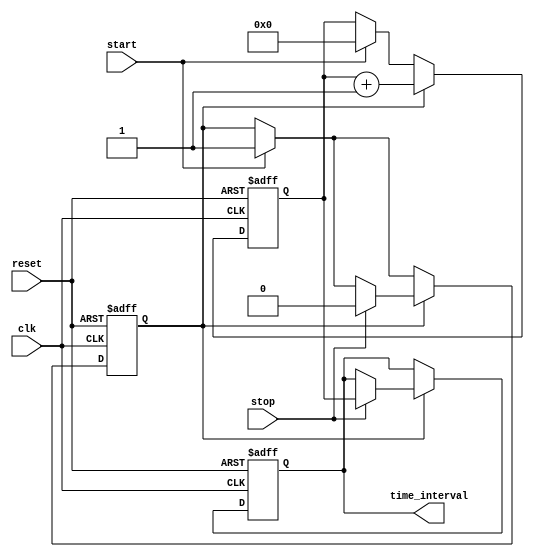
module TDC #(
    parameter NUM_DELAY_ELEMENTS = 16, // Number of delay elements
    parameter DELAY_WIDTH = 4           // Width of the output (log2(NUM_DELAY_ELEMENTS))
)(
    input wire clk,                     // System clock
    input wire reset,                   // Asynchronous reset
    input wire start,                   // Start signal
    input wire stop,                    // Stop signal
    output reg [DELAY_WIDTH-1:0] time_interval // Output time interval
);

    // Delay line array
    reg [NUM_DELAY_ELEMENTS-1:0] delay_line;
    reg [DELAY_WIDTH-1:0] counter;     // Counter for delay elements
    reg measuring;                     // Flag to indicate measuring state

    // Generate delay line
    always @(posedge clk or posedge reset) begin
        if (reset) begin
            delay_line <= 0;
            counter <= 0;
            time_interval <= 0;
            measuring <= 0;
        end else begin
            if (start) begin
                measuring <= 1; // Start measuring
                counter <= 0;   // Reset counter
                delay_line <= {NUM_DELAY_ELEMENTS{1'b0}}; // Clear delay line
            end
            
            if (measuring) begin
                // Shift the delay line on each clock cycle
                delay_line <= {1'b1, delay_line[NUM_DELAY_ELEMENTS-1:1]};
                counter <= counter + 1;

                // Capture time interval on stop signal
                if (stop) begin
                    measuring <= 0; // Stop measuring
                    time_interval <= counter; // Capture the counter value
                end
            end
        end
    end

endmodule